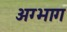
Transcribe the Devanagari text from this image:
अग्भाग